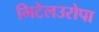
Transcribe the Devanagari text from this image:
मिटेलउरोपा